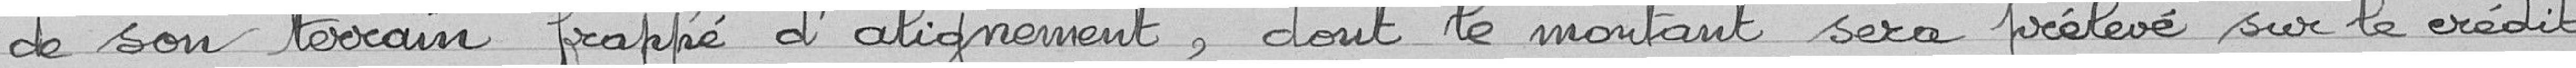
de son terrain frappé d'alignement, dont le montant sera prélevé sur le crédit